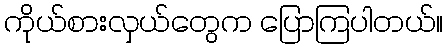
ကိုယ်စားလှယ်တွေက ပြောကြပါတယ်။